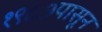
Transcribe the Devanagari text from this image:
१९८७पासून